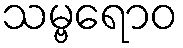
သမ္ဗရောဝ